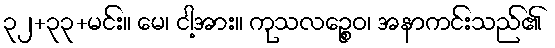
၃၂+၃၃+မင်း။ မေ၊ ငါ့အား။ ကုသလဉ္စေဝ၊ အနာကင်းသည်၏